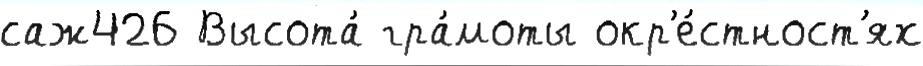
саж426 Высота́ гра́моты окр'е́стност'ях